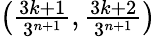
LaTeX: \textstyle\left({\frac{3k+1}{3^{n+1}}},{\frac{3k+2}{3^{n+1}}}\right)